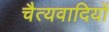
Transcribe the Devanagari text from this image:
चैत्यवादियों